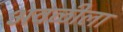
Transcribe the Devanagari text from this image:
अवळीला